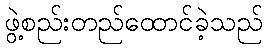
ဖွဲ့စည်းတည်ထောင်ခဲ့သည်